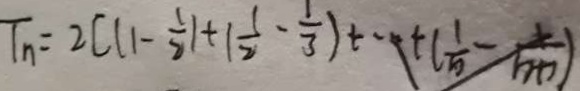
T _ { n } = 2 [ ( 1 - \frac { 1 } { 2 } ) + ( \frac { 1 } { 2 } - \frac { 1 } { 3 } ) + \cdots + ( \frac { 1 } { n } - \frac { 1 } { n + 1 } )